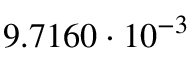
9 . 7 1 6 0 \cdot 1 0 ^ { - 3 }